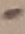
Text: -